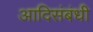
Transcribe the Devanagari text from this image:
आदिसंबंधी